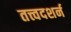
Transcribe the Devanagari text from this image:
तत्त्वदशर्न